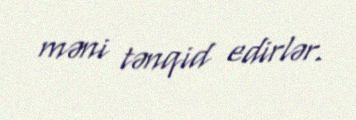
məni tənqid edirlər.